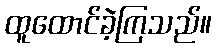
ထူထောင်ခဲ့ကြသည်။